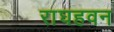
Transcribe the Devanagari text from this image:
राघहवन